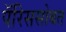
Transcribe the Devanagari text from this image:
पॅरिससोबत